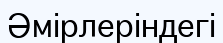
Әмірлеріндегі